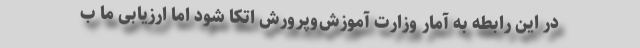
در این رابطه به آمار وزارت آموزش‌وپرورش اتکا شود اما ارزیابی ما ب